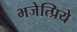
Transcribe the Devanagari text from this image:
भजेत्प्रिये